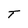
Character: T